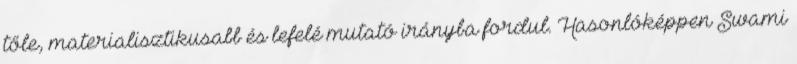
tőle, materialisztikusabb és lefelé mutató irányba fordul. Hasonlóképpen Swami